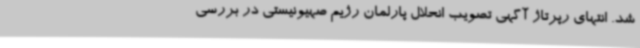
شد. انتهای رپرتاژ آگهی تصویب انحلال پارلمان رژیم صهیونیستی در بررسی